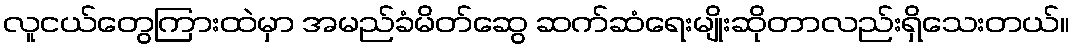
လူငယ်တွေကြားထဲမှာ အမည်ခံမိတ်ဆွေ ဆက်ဆံရေးမျိုးဆိုတာလည်းရှိသေးတယ်။